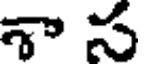
శా స